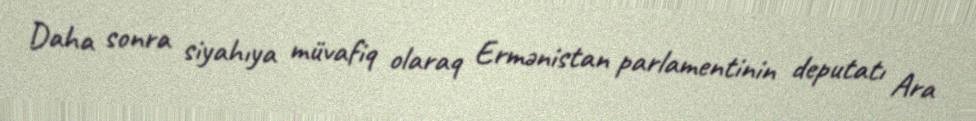
Daha sonra siyahıya müvafiq olaraq Ermənistan parlamentinin deputatı Ara